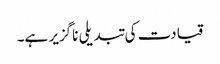
قیادت کی تبدیلی ناگزیر ہے۔